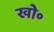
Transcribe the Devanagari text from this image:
खो॰